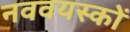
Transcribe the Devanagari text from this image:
नववयस्कों